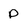
Character: p